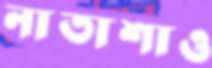
নাতাশাও